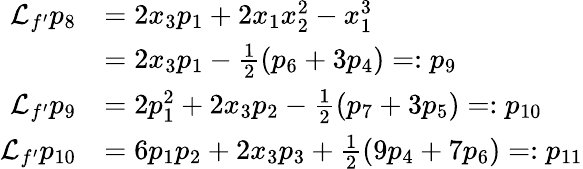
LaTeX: \begin{array}{rl}{{\mathcal{L}}_{f^{\prime}}p_{8}}&{=2x_{3}p_{1}+2x_{1}x_{2}^{2}-x_{1}^{3}}\\ &{=2x_{3}p_{1}-\frac{1}{2}(p_{6}+3p_{4})=:p_{9}}\\ {{\mathcal{L}}_{f^{\prime}}p_{9}}&{=2p_{1}^{2}+2x_{3}p_{2}-\frac{1}{2}(p_{7}+3p_{5})=:p_{10}}\\ {{\mathcal{L}}_{f^{\prime}}p_{10}}&{=6p_{1}p_{2}+2x_{3}p_{3}+\frac{1}{2}(9p_{4}+7p_{6})=:p_{11}}\end{array}